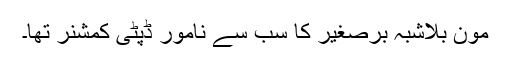
مون بلاشبہ برصغیر کا سب سے نامور ڈپٹی کمشنر تھا۔